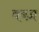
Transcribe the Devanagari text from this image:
वब्ज़